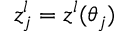
z _ { j } ^ { l } = z ^ { l } ( \theta _ { j } )